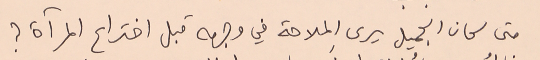
متى كان الجميل يرى الملاحة في وجهه قبل اختراع المرآة ؟